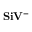
\mathrm { \mathbf { S i V ^ { - } } }